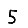
Digit: 5